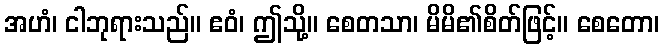
အဟံ၊ ငါဘုရားသည်။ ဧဝံ၊ ဤသို့။ စေတသာ၊ မိမိ၏စိတ်ဖြင့်။ စေတော၊